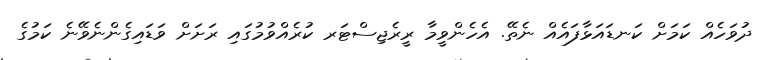
ދުވަހެއް ކަމަށް ކަނޑައަޅާފައެއް ނެތޭ. އެހެންވީމާ ރީރެޖިސްޓަރ ކުރެއްވުމުގައި ރަށަށް ވަޑައިގެންނެވޭނެ ކަމުގެ